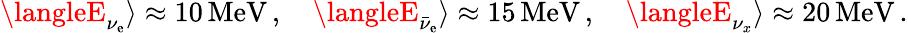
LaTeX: \langleE_{\nu_{\mathrm{e}}}\rangle\approx10\, \mathrm{{M\mathrm{e}V}}\, ,\quad\langleE_{\bar{{\nu}}_{\mathrm{e}}}\rangle\approx15\, \mathrm{{M\mathrm{e}V}}\, ,\quad\langleE_{\nu_{x}}\rangle\approx20\, \mathrm{{M\mathrm{e}V}}\, .